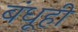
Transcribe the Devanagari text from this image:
बंधूही